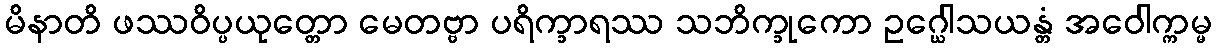
မိနာတိ ဖဿဝိပ္ပယုတ္တော မေတဗ္ဗာ ပရိက္ခာရဿ သဘိက္ခုကော ဥဂ္ဃေါသယန္တံ အဝေါက္ကမ္မ